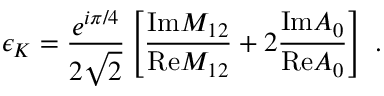
\epsilon _ { K } = \frac { e ^ { i \pi / 4 } } { 2 \sqrt { 2 } } \left[ \frac { \mathrm { I m } M _ { 1 2 } } { \mathrm { R e } M _ { 1 2 } } + 2 \frac { \mathrm { I m } A _ { 0 } } { \mathrm { R e } A _ { 0 } } \right] \ .